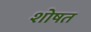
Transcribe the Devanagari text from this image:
शोषत